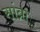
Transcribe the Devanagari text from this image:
सांब्रा